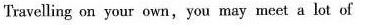
Travelling on your own,y Imay meet a lot of